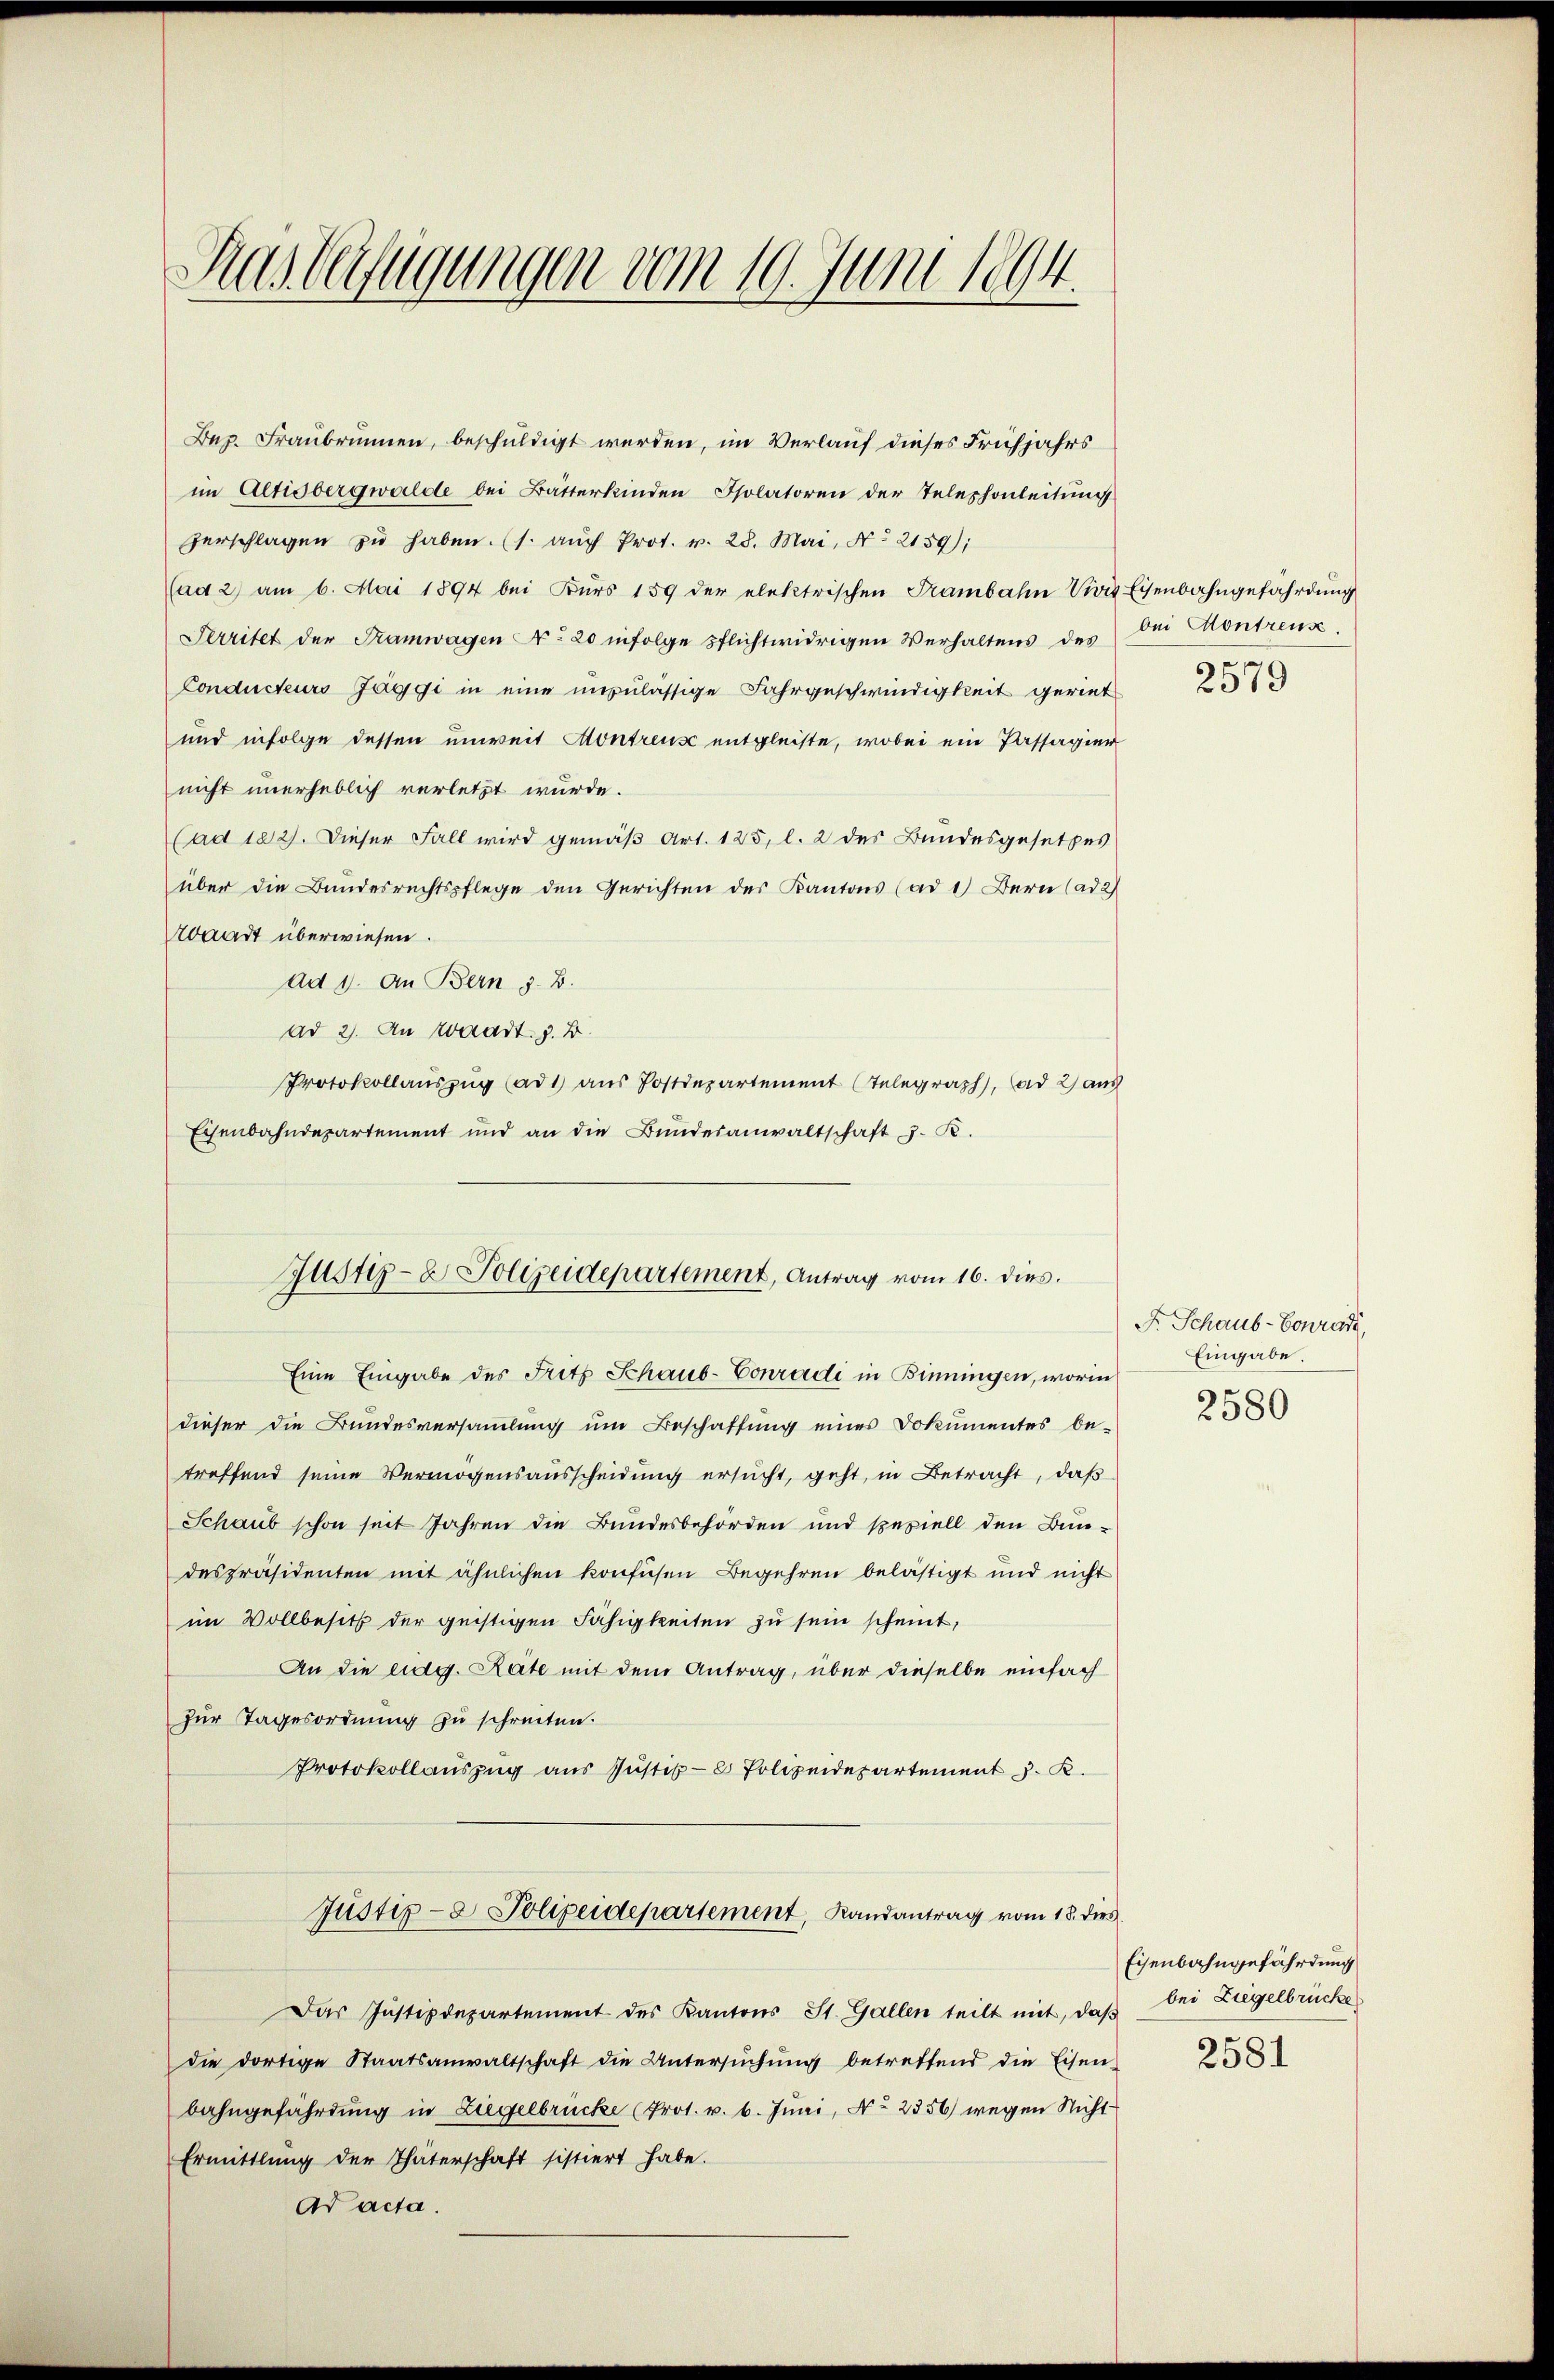
Das Verfügungen vom 10. Juni 1894.

Bez. Fraŭbrunnen, beschuldigt werden, im Verlauf dieses Frühjahrs
im Altisbergwalde bei Batterkinden Isolatoren der Telephonleitung
zerschlagen zŭ haben. (s. auch Prot. v. 28. Mai, No 2159);
(ad 2) am 6. Mai 1894 bei Bŭrs 159 der elektrischen Trambahn wie Eisenbahngefährdung
Serritet der Tramwagen No 20 infolge Pflichtwidrigen Verhaltens des
Conducteurs Jaggi in eine unzulässige Fahrgeschwindigkeit gerint
und infolge dessen unweit Montreuse entgleiste, wobei ein Passagier
nicht unerheblich verletzt wurde.
(ad 122). Dieser Fall wird gemäß Art. 125, l. 2 des Bundesgesetzes
über die Bundesrechtspflege den Gerichten des Kantons (ad 1) Bern (ad 2)
Waadt überwiesen.
ad 1. An Bern z. B.
ad 2. An Waadt. z. B.
Protokollauszug (ad1) aus Postdepartement (Telegraph, ad 2) auch
Eisenbahndepartement und an die Bundesanwaltschaft z. B.
Eine Eingabe des Fritz Schaus-Conradi in Binningen, worin
dieser die Bundesversammlung um Beschaffung eines Dokumentes be-
treffend seine Vermögensausscheidung ersucht, geht, in Betracht, daß
Schaub schon seit Jahren die Bundesbehörden und speziell den Bundespräsidenten mit ähnlichen konfusen Begehren belästigt und nicht
im Vollbesitz der geistigen Fähigkeiten zu sein scheint,
An die eidg. Räte mit dem Antrag, über dieselbe einfach
zur Tagesordnung zu schreiten.
Protokollauszug aus Justiz- & Polizeidepartement J. K.
Justiz- & Polizeidepartement, Randantrag vom 18. dies
Das Justizdepartement des Kantons St. Gallen teilt mit, daβ bei Liegelbrücke
die dortige Staatsanwaltschaft die Untersŭchŭng betreffend die Eisen-
bahngefährdung in Liegelbrücke (Prot. v. 6. Juni, No 2356) wegen Nicht
Ermittlung der Thäterschaft sistiert habe.
Ad acta.

Justiz- & Polizeidepartement, Antrag vom 16. dies

bei Montreux.

2579

F. Schaus-Conrad,
Eingabe.
2580

Eisenbahngefährdung
2581